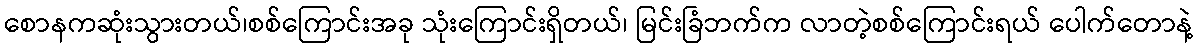
စောနကဆုံးသွားတယ်၊စစ်ကြောင်းအခု သုံးကြောင်းရှိတယ်၊ မြင်းခြံဘက်က လာတဲ့စစ်ကြောင်းရယ် ပေါက်တောနဲ့